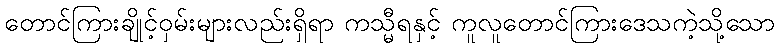
တောင်ကြားချိုင့်ဝှမ်းများလည်းရှိရာ ကသ္မီရနှင့် ကူလူတောင်ကြားဒေသကဲ့သို့သော